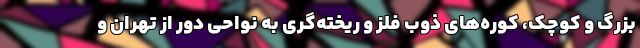
بزرگ و کوچک، کوره‌های ذوب فلز و ریخته‌گری به نواحی دور از تهران و